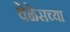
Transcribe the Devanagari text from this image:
वेळेसच्या